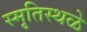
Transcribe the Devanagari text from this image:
स्मृतिस्थळे